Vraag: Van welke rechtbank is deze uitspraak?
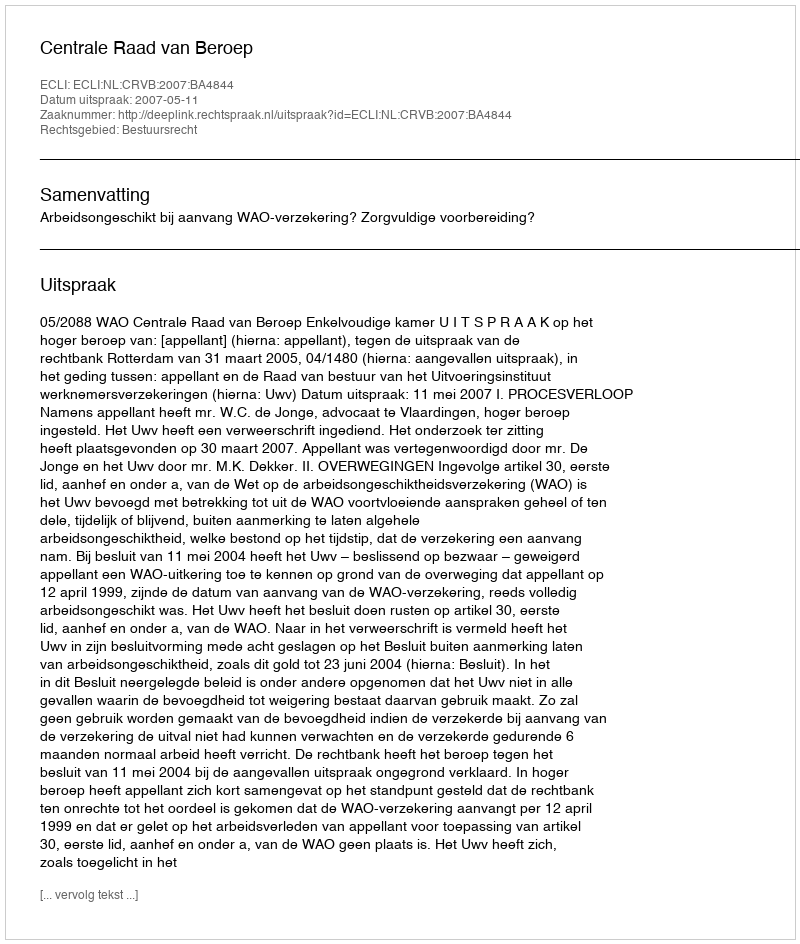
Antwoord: Centrale Raad van Beroep